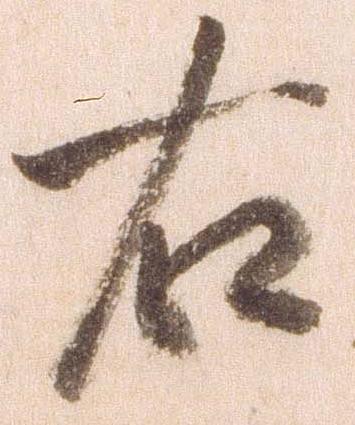
右